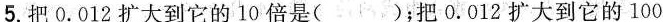
5.把0.012扩大到它的10倍是( )；把0.012扩大到它的100